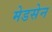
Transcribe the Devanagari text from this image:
मेडसेन